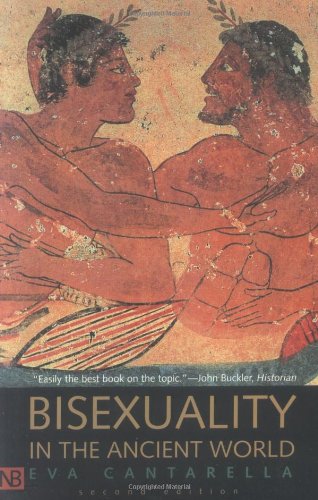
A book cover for Bisexuality in the Ancient World; Eva Cantarella; Gay & Lesbian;